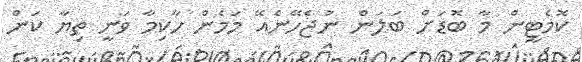
ކޮމެޓީން މާ ބޮޑަށް ބަލަން ނުޖެހޭނެއޭ މަމެން ހާކިމާ ވަނީ ތިޔާ ކަން